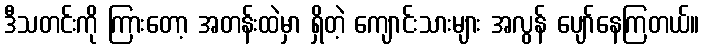
ဒီသတင်းကို ကြားတော့ အတန်းထဲမှာ ရှိတဲ့ ကျောင်းသားများ အလွန် ပျော်နေကြတယ်။